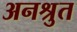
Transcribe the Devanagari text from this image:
अनश्रुत